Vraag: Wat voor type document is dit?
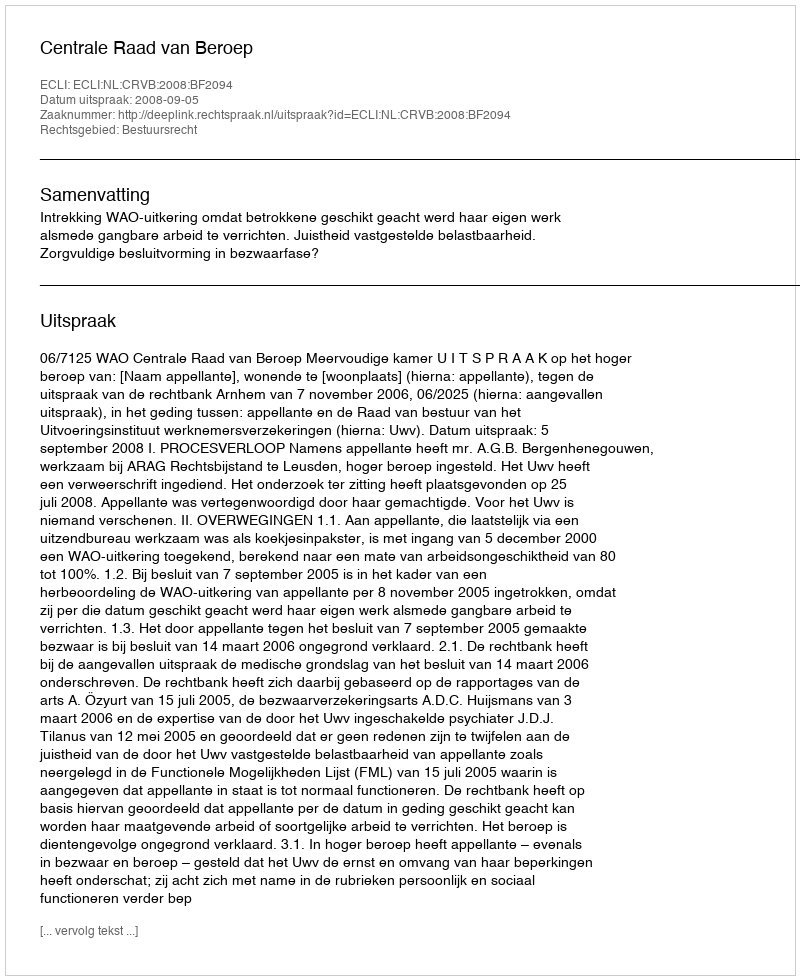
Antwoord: Uitspraak